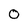
Character: 0